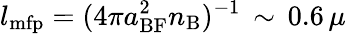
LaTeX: l_{\mathrm{mfp}}=(4\pi a_{\mathrm{BF}}^{2}n_{\mathrm{B}})^{-1}\, \sim\, 0.6\, \mu